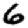
Digit: 6